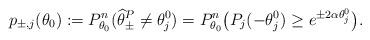
LaTeX: \begin{align*}p_{\pm, j}(\theta_0) := P_{\theta_0}^n(\widehat{\theta}_{\pm}^P \neq \theta_j^0)= P_{\theta_0}^n \big(P_j(-\theta_j^0)\geq e^{\pm2\alpha \theta_j^0} \big).\end{align*}